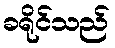
ခရိုင်သည်